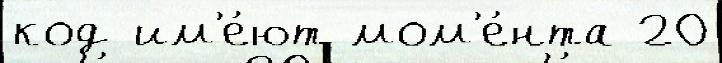
код им'е́ют мом'е́нта 20